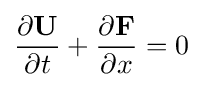
{\frac {\partial \mathbf {U} }{\partial t}}+{\frac {\partial \mathbf {F} }{\partial x}}=0